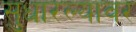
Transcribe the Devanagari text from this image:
सुधारल्यावर